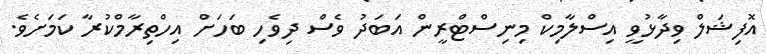
އޮފިޝަލް ވިދާޅުވީ އިސްލާމިކް މިނިސްޓްރީން އަބަދު ވެސް ދިވެހި ބަހަށް އިހްތިރާމްކުރާ ކަމަށެވެ.